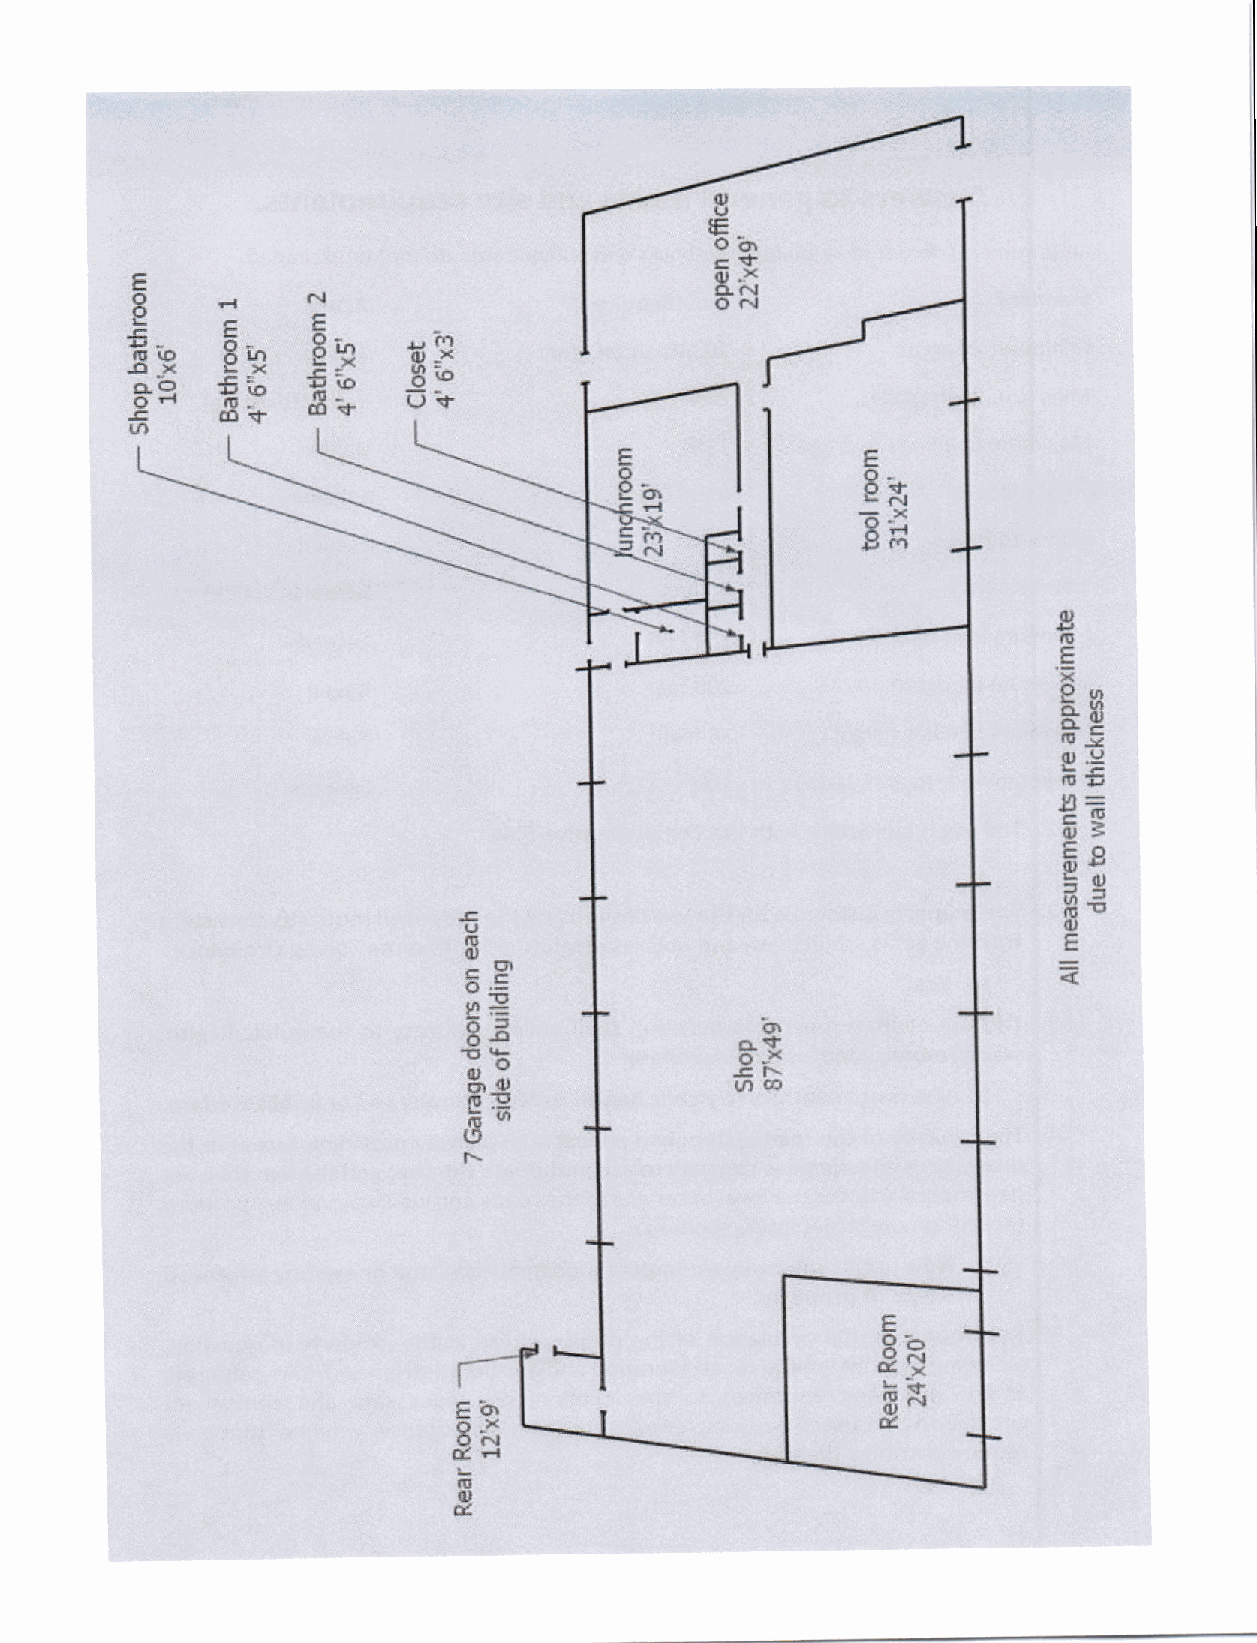
E
 o    F{    r'l
 P                 r!
 €_
 sF
 t*
 . or.
 H
 cl        $s     (8 J' tr to
 .E
 tn
 E
 gs
 Efi
 g
 tu
 F
 'i
 9n
 EE
 o!
 o.g
 OE'
 9?
 d3
 $e
 =o
 o
 !J
 |9! -                                  E
 o!:
 |^ .i:
 a=                 -or
 63
 o*
 Tb
 .rX
 -r-
 -E
 FS                tnGO
 6ul
 gl
 f\
 E
 gE
 hk
 E-o.
 o-x
 OE
 of{
 Et.l
 IE
 0,
 e,